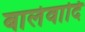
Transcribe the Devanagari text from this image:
बालेवादि